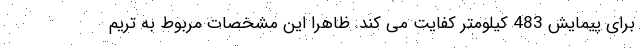
برای پیمایش 483 کیلومتر کفایت می کند. ظاهرا این مشخصات مربوط به تریم